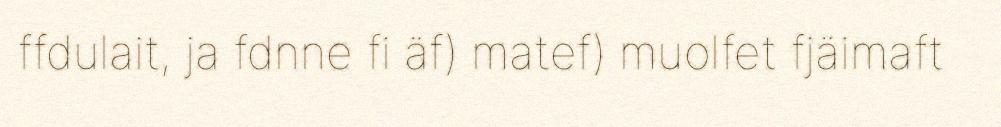
ffdulait, ja fdnne fi äf) matef) muolfet fjäimaft